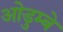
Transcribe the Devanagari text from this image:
ओडुम्बे